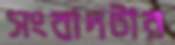
সংবাদটার